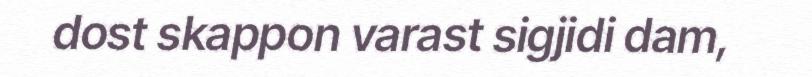
dost skappon varast sigjidi dam,